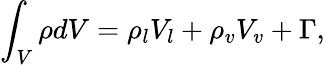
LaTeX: \int_{V}\rho dV=\rho_{l}V_{l}+\rho_{v}V_{v}+\Gamma,